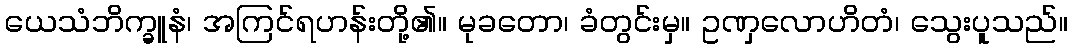
ယေသံဘိက္ခူနံ၊ အကြင်ရဟန်းတို့၏။ မုခတော၊ ခံတွင်းမှ။ ဥဏှလောဟိတံ၊ သွေးပူသည်။